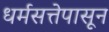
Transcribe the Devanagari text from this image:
धर्मसत्तेपासून